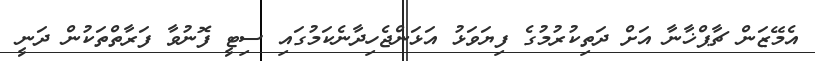
އެމޭޒަން ޗާޕްޚާނާ އަށް ދަތިކުރުމުގެ ފިޔަވަޅު އަޅަންޖެހިދާނެކަމުގައި ސިޓީ ފޮނުވާ ފަރާތްތަކުން ދަނީ